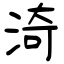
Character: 渏